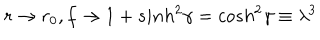
LaTeX: r \rightarrow r _ { 0 } , f \rightarrow 1 + s i n h ^ { 2 } \gamma = c o s h ^ { 2 } \gamma \equiv \lambda ^ { 3 }